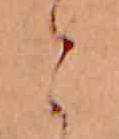
こ